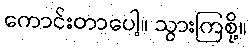
ကောင်းတာပေါ့။ သွားကြစို့။